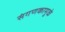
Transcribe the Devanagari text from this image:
संगणकामुळे